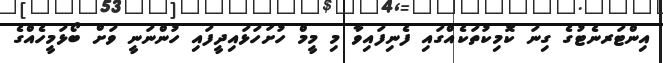
އިންޓަރނެޓުގެ ގިނަ ކޮމިކުތަކެއްގައި ފެނިފައިވާ މި މީމް ހުށަހަޅައިދީފައި ހުންނަނީ ވަށް ބޯޅަމީހެއްގެ